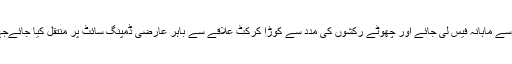
بلدیاتی نمائندوں کا کہنا ہے کہ صفائی کے لئے علاقے کے لوگوں سے ماہانہ فیس لی جائے اور چھوٹے رکشوں کی مدد سے کوڑا کرکٹ علاقے سے باہر عارضی ڈمپنگ سائٹ پر منتقل کیا جائےجہاں سےٹرک کے ذریعے کوڑا بڑی ڈمپنگ سائیٹ منتقل کیا جائے۔